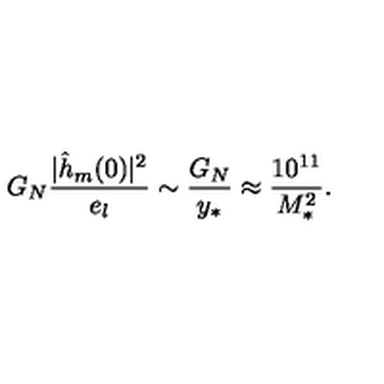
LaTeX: G _ { N } { \frac { | \hat { h } _ { m } ( 0 ) | ^ { 2 } } { e _ { l } } } \sim { \frac { G _ { N } } { y _ { * } } } \approx { \frac { 1 0 ^ { 1 1 } } { M _ { * } ^ { 2 } } } .